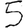
Digit: 5